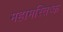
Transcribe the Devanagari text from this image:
महामस्तिष्क